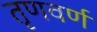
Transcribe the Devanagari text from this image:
तृणवर्ण